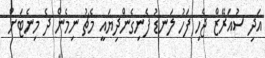
އަދި ސުއަރޭޒް ޖެހި ފަހު ލަނޑު ފެނިގެންދިޔައީ މެޗު ނިމެން ދެ މިނެޓަށް